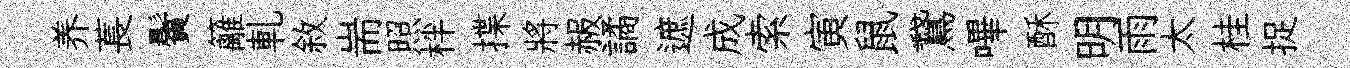
养萇鬢籬軋敘耑照柈揲將赧譎遮成索寅鼠鵞嗶酥明雨太桂捉